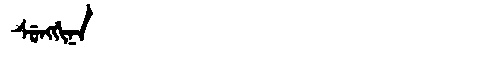
Manchu: ᠰᡠᠩᡤᡳᠨᠠ
Romanization: SUNGGINA